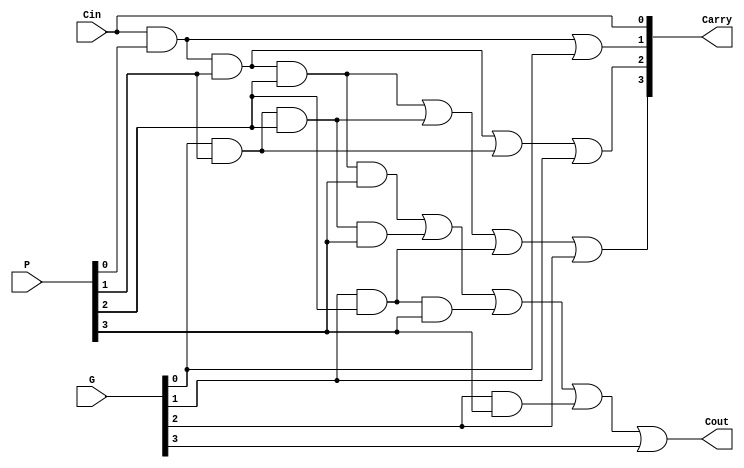
module Lookahead_adder(	
		input [3:0] P,
		input [3:0] G,
		input Cin,
		output [3:0] Carry,
		output Cout
	);
	
	wire net1, net2, net3, net4, net5, net6, net7, net8, net9, net10;
	
    assign Carry[0] = Cin;
	
	and(net1, Cin, P[0]);
	or(Carry[1], net1, G[0]);
	
	and(net2, Cin, P[0], P[1]);
	and(net3, G[0], P[1]);
	or(Carry[2], net2, net3, G[1]);
	
	and(net4, Cin, P[0], P[1], P[2]);
	and(net5, G[0], P[1], P[2]);
	and(net6, G[1], P[2]);
	or(Carry[3], net4, net5, net6, G[2]);
	
	and(net7, Cin, P[0], P[1], P[2], P[3]);
	and(net8, G[0], P[1], P[2], P[3]);
	and(net9, G[1], P[2], P[3]);
	and(net10, G[2], P[3]);
	or(Cout, net7, net8, net9, net10, G[3]);
	

endmodule